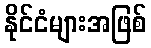
နိုင်ငံများအဖြစ်